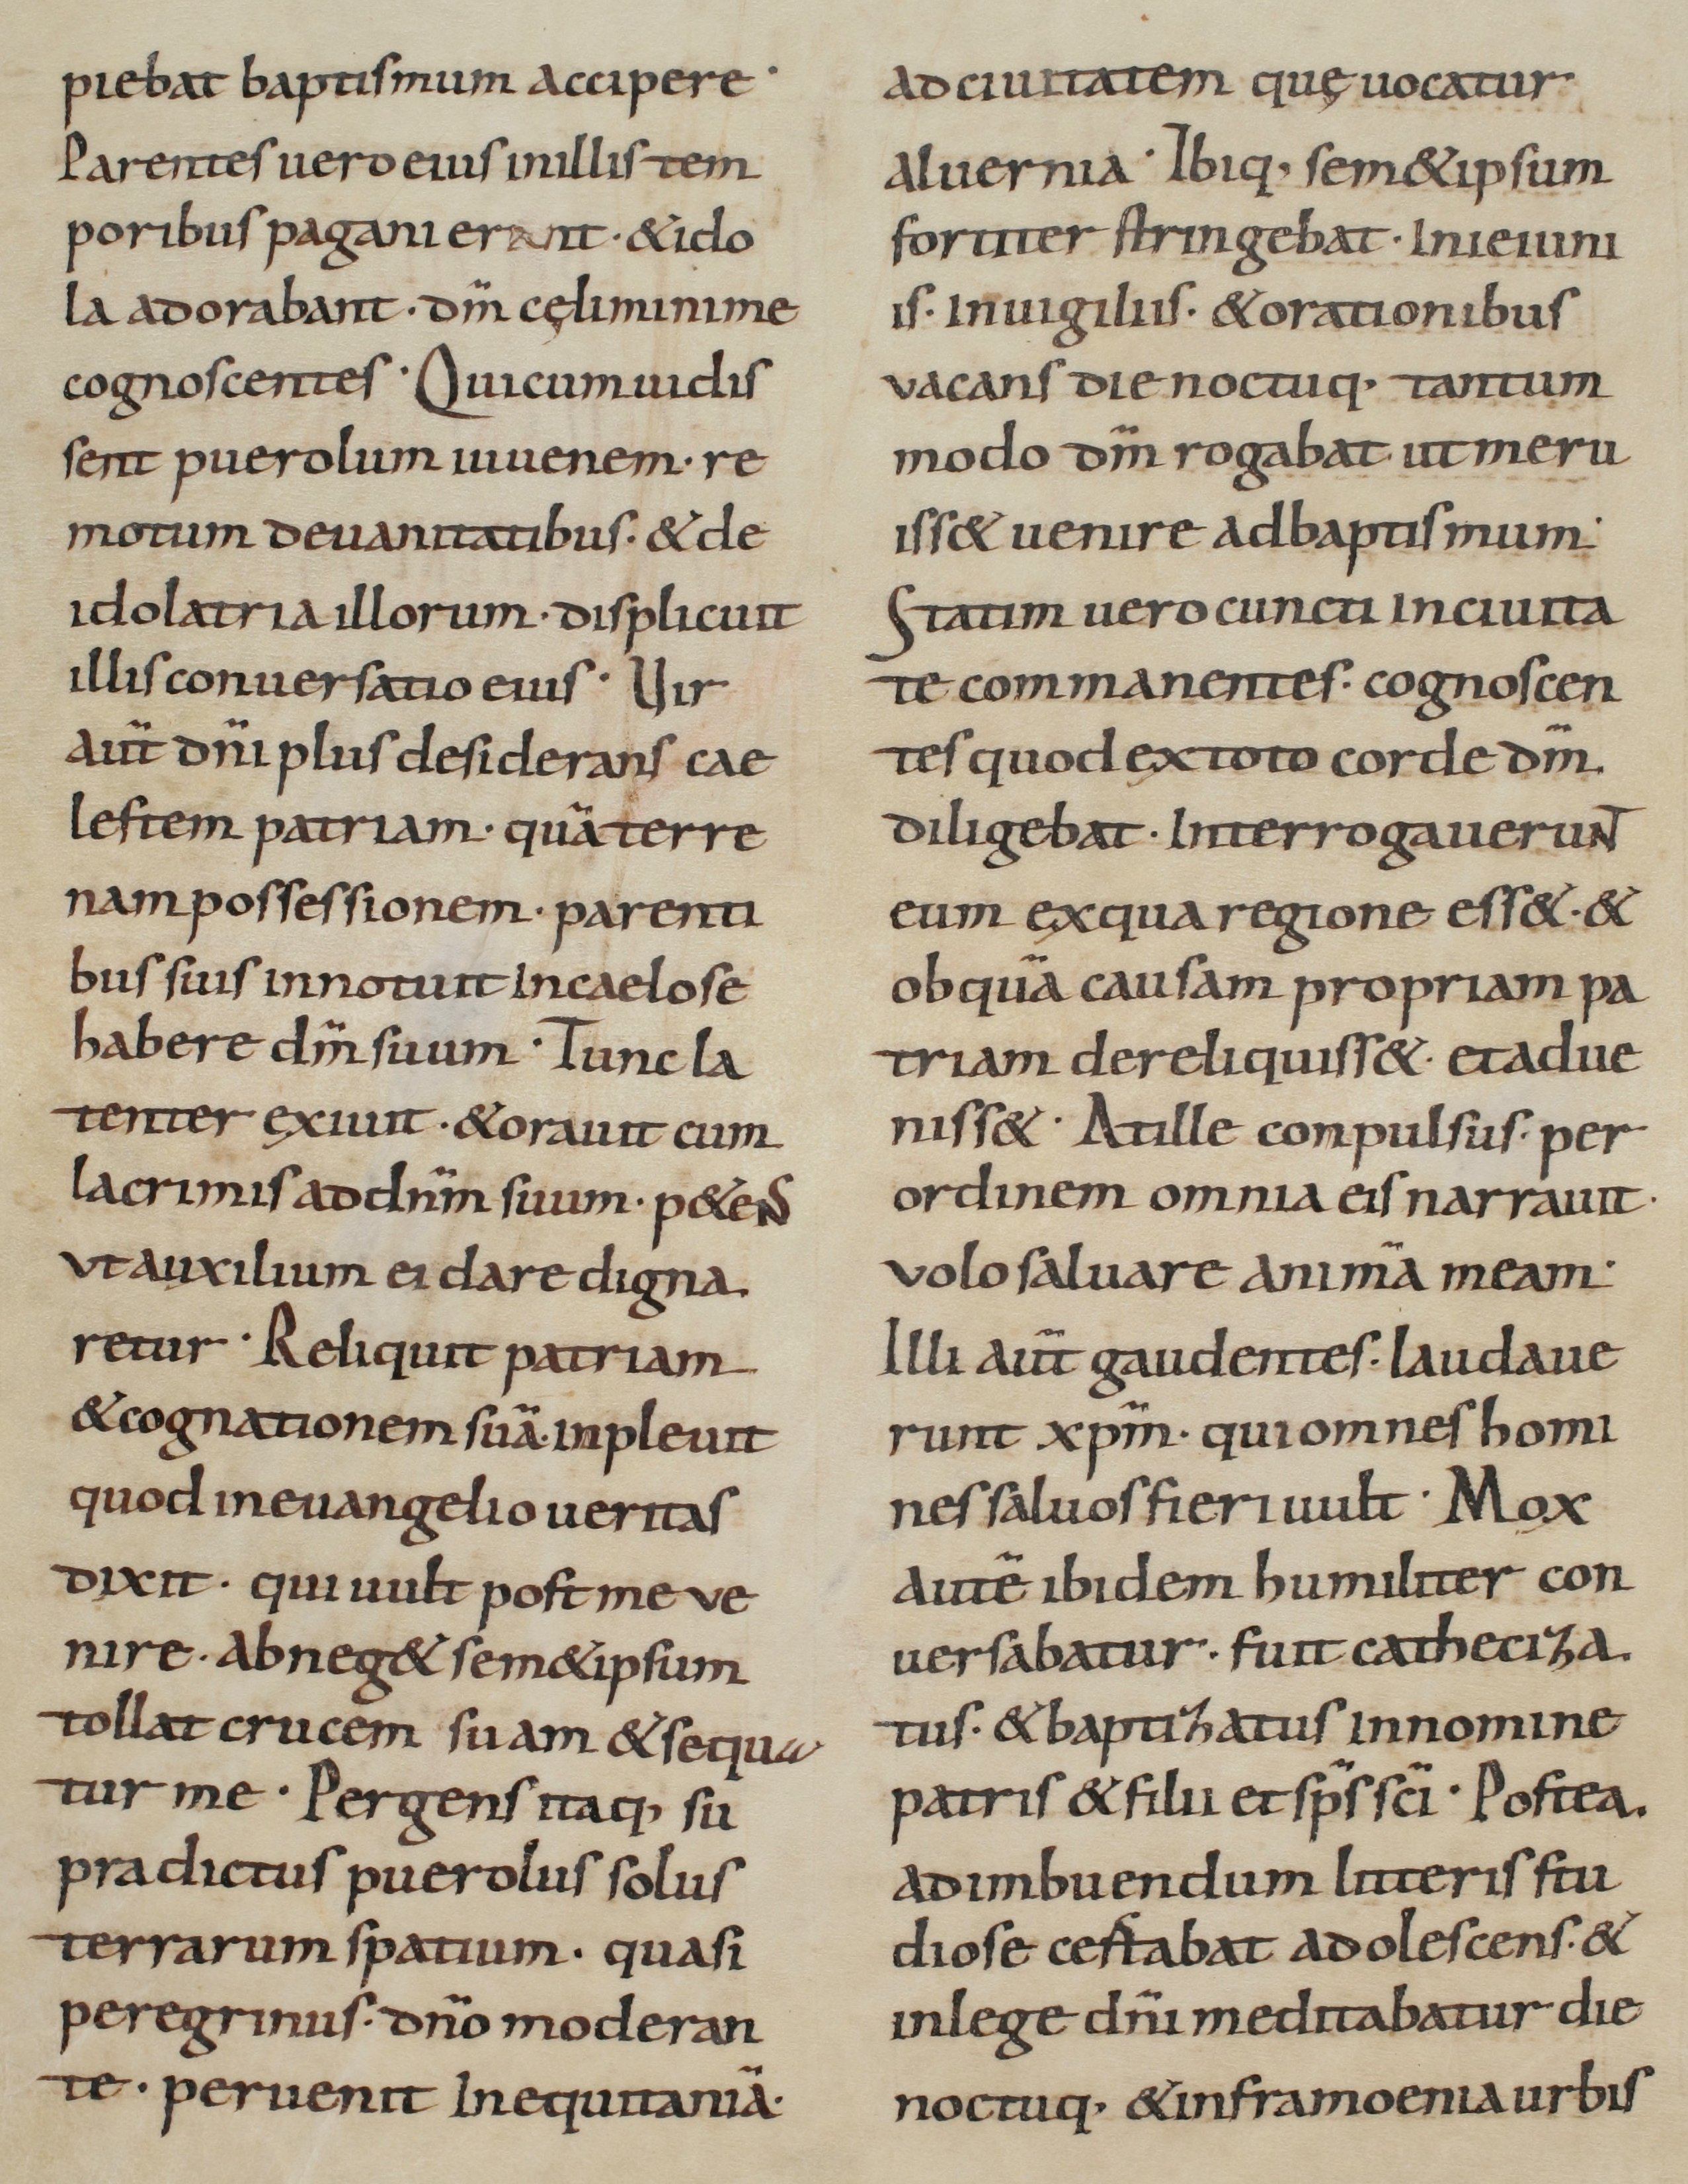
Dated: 800–999